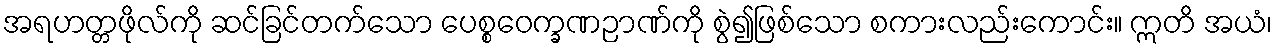
အရဟတ္တဖိုလ်ကို ဆင်ခြင်တက်သော ပေစ္စဝေက္ခဏဉာဏ်ကို စွဲ၍ဖြစ်သော စကားလည်းကောင်း။ ဣတိ အယံ၊